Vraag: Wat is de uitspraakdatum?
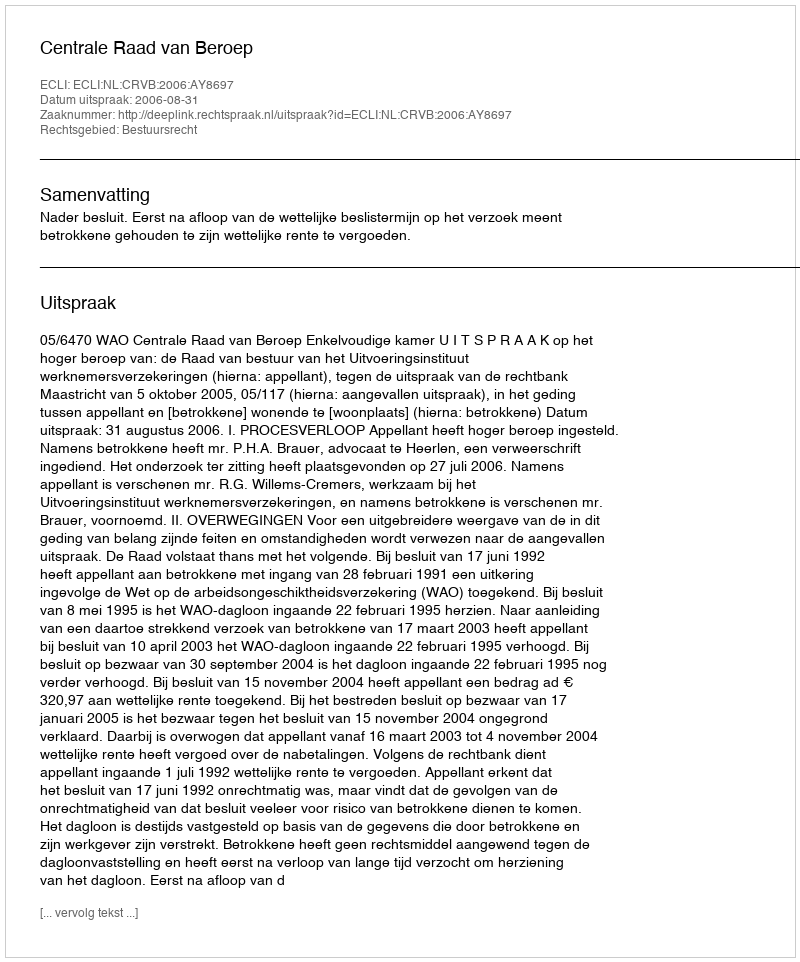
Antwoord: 2006-08-31